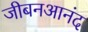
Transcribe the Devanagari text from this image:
जीबनआनंद